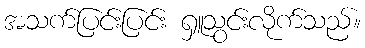
အသက်ပြင်းပြင်း ရှူသွင်းလိုက်သည်။